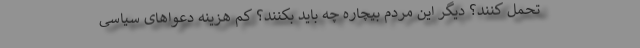
تحمل کنند؟ دیگر این مردم بیچاره چه باید بکنند؟ کم هزینه دعواهای سیاسی